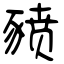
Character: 豮